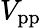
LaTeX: V_{\mathrm{pp}}